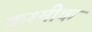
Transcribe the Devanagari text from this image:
कश्मीक